Annual report of the Punjab Veterinary College and of the Civil Veterinary Department, Punjab - 1920-1925
Year: 1920
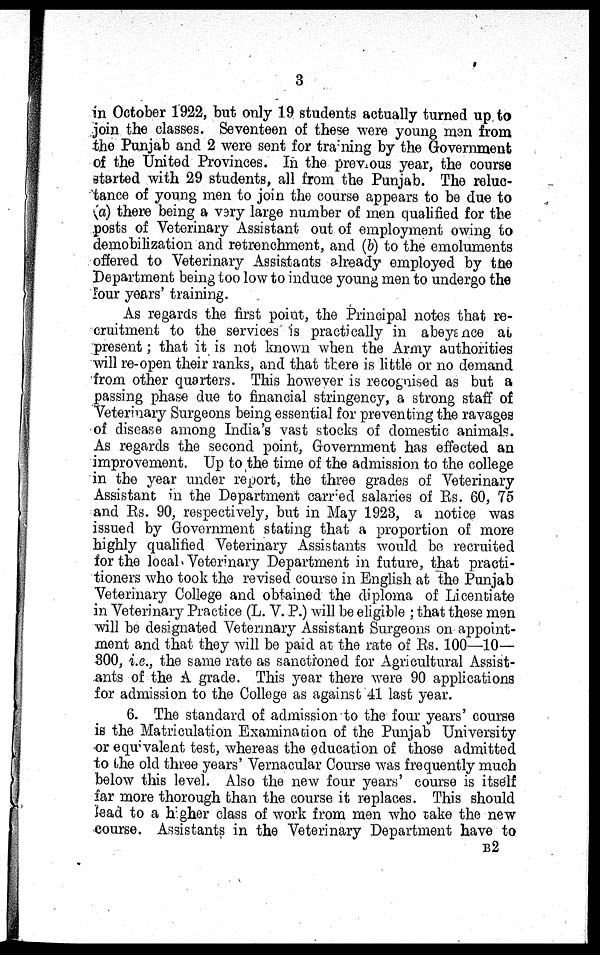
3
in October 1922, but only 19 students actually turned up to
join the classes. Seventeen of these were young men from
the Punjab and 2 were sent for training by the Government
of the United Provinces. In the previous year, the course
started with 29 students, all from the Punjab. The reluc-
tance of young men to join the course appears to be due to
(a) there being a very large number of men qualified for the
posts of Veterinary Assistant out of employment owing to
demobilization and retrenchment, and (b) to the emoluments
offered to Veterinary Assistants already employed by the
Department being too low to induce young men to undergo the
four years' training.
As regards the first point, the Principal notes that re-
cruitment to the services is practically in abeyance at
present ; that it is not known when the Army authorities
will re-open their ranks, and that there is little or no demand
from other quarters. This however is recognised as but a
passing phase due to financial stringency, a strong staff of
Veterinary Surgeons being essential for preventing the ravages
of disease among India's vast stocks of domestic animals.
As regards the second point, Government has effected an
improvement. Up to the time of the admission to the college
in the year under report, the three grades of Veterinary
Assistant in the Department carried salaries of Rs. 60, 75
and Rs. 90, respectively, but in May 1923, a notice was
issued by Government stating that a proportion of more
highly qualified Veterinary Assistants would be recruited
for the local. Veterinary Department in future, that practi-
tioners who took the revised course in English at the Punjab
Veterinary College and obtained the diploma of Licentiate
in Veterinary Practice (L. V. P.) will be eligible ; that these men
will be designated Veterinary Assistant Surgeons on appoint-
ment and that they will be paid at the rate of Rs. 100—10—
300, i.e., the same rate as sanctioned for Agricultural Assist-
ants of the A grade. This year there were 90 applications
for admission to the College as against 41 last year.
6. The standard of admission to the four years' course
is the Matriculation Examination of the Punjab University
or equivalent test, whereas the education of those admitted
to the old three years' Vernacular Course was frequently much
below this level. Also the new four years' course is itself
far more thorough than the course it replaces. This should
lead to a higher class of work from men who take the new
course. Assistants in the Veterinary Department have to
B 2